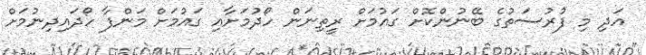
އަދި މި ފުރުސަތުގެ ބޭނުންކޮށް ގައުމަށް ރީތިނަން ހޯދުމަށާއި ގައުމަށް މަންފާ ހޯދައިދިނުމަށް